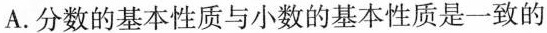
A.分数的基本性质与小数的基本性质是一致的